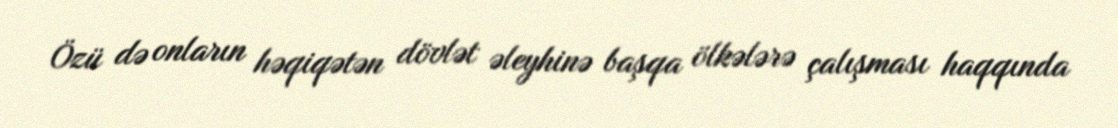
Özü də onların həqiqətən dövlət əleyhinə başqa ölkələrə çalışması haqqında